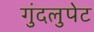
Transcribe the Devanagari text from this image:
गुंदलुपेट